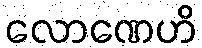
လောဏေဟိ